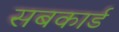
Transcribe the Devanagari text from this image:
सबकार्ड